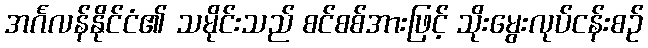
အင်္ဂလန်နိုင်ငံ၏ သမိုင်းသည် စင်စစ်အားဖြင့် သိုးမွေးလုပ်ငန်းစဉ်